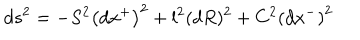
LaTeX: d s ^ { 2 } = - S ^ { 2 } \left( d x ^ { + } \right) ^ { 2 } + l ^ { 2 } ( d R ) ^ { 2 } + C ^ { 2 } \left( d x ^ { - } \right) ^ { 2 }